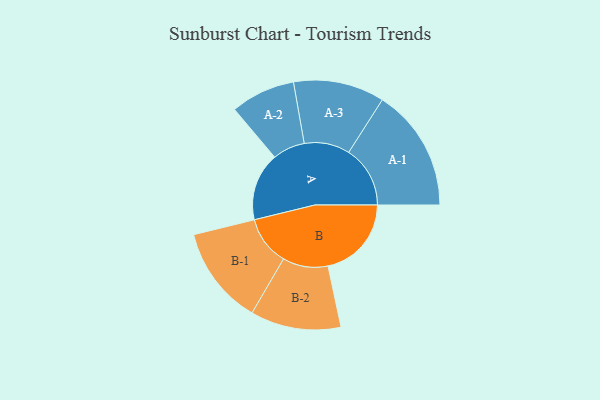
{"axis": {"x": "Segment", "y": "Value"}, "legend": ["", "A", "B"], "data": [{"x": "A", "y": 257, "type": ""}, {"x": "B", "y": 315, "type": ""}, {"x": "A-1", "y": 232, "type": "A"}, {"x": "A-2", "y": 122, "type": "A"}, {"x": "A-3", "y": 172, "type": "A"}, {"x": "B-1", "y": 186, "type": "B"}, {"x": "B-2", "y": 171, "type": "B"}]}